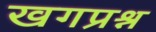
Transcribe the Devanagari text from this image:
खगप्रश्न